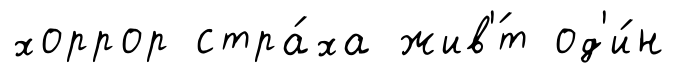
хоррор стра́ха жив'́т од'и́н